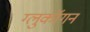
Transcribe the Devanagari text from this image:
ग्लुकॉगन